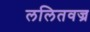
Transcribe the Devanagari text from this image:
ललितवज्र